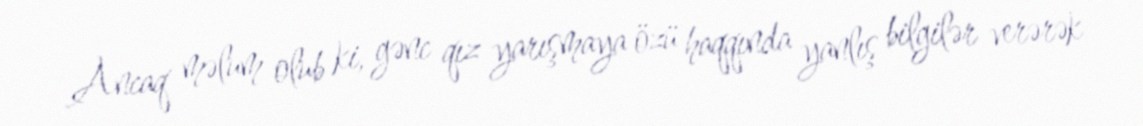
Ancaq məlum olub ki, gənc qız yarışmaya özü haqqında yanlış bilgilər verərək